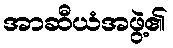
အာဆီယံအဖွဲ့၏